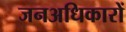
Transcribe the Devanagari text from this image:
जनअधिकारों